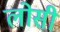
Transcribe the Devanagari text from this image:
लोसी